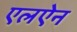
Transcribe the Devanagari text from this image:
एलऐन